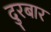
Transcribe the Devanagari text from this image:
दुरबार